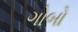
ગોબો